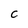
Character: C